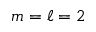
m = \ell = 2